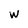
Character: w